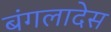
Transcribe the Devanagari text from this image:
बंगलादेस